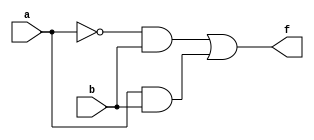
// Diseo:      azar
// Archivo:     azar.v
// Descripcin: Demostracin de azar
// Autor:       Jorge Juan <jjchico@gmail.com>
// Fecha:       09/11/2009

/*
   Leccin 3-2: Ejemplos combinacionales. Retrasos y azares.

   Un "azar" es un valor transitorio que puede presentar la salida de un
   circuito combinacional antes de que esta tome el valor definitivo. Los
   azares aparecen debido al retrado de propagacin de los componentes
   digitales (puertas lgicas) y al hecho de que un circuito combinacional
   puede presentar varios caminos desde un puerto de entrada a uno de salida,
   cada uno con diferentes retrasos.

   La presencia de azares no significa que el circuito opere de forma
   incorrecta, ya que la salida al final tomar el valor correcto, pero puede
   ser un inconveniente en algunas aplicaciones, por lo que es interesante
   poder detectar su presencia e incluso redisear los circuitos para que
   no aparezcan.

   Para detectar la presencia de azares es necesario conocer la estructura
   interna del circuito y los retrasos de los componentes que lo forman.

   Este archivo contiene el diseo de la funcin:

      f(a,b) = ~a & b | a & b

   La implementacin de esta funcin puede presentar un azar cuando b=1 y
   a cambia de 0 a 1 o de 1 a 0, ya que, si bien el valor final de f es
   uno tanto para a=0 como para a=1, su valor depende de trminos diferentes.
   Si se consideran retrasos, un trmino puede hacerse 0 antes de que el otro
   sea 1, producindose el azar. En este ejemplo se describen dos circuitos
   que implementan dicha funcin, uno de ellos con una descripcin funcional y
   otro mediante una descripcin estructural mediante la conexin de puertas
   lgicas y considerando retrasos de propagacin.

   El archivo azar_tb.v contiene el banco de pruebas para el test de este
   diseo.

   En este ejemplo tambin se introduce la definicin de parmetros
   (parameter) dentro de un mdulo y se trabaja un poco ms con la definicin
   de macros y su uso.
*/

`timescale 1ns / 1ps

//
// Descripcin funcional
//
module hazard_f (
    input wire a,
    input wire b,
    output wire f
    );

    assign f = ~a & b | a & b;

endmodule // hazard_f

//
// Descripcin estructural
//
module hazard_e #(
    // Retraso por defecto para las operaciones lgicas
    /* Dentro de un mdulo se pueden definir "parmetros". Los parmetros
    * son constantes que pueden usarse dentro del mdulo para facilitar el
    * diseo. A diferencia de las macros declaradas con "`define", los
    * parmetros son elementos del mdulo en que se definen y no meras
    * directivas para el compilador. El valor definido para un parmetro
    * con "parameter" es un valor por defecto que puede redefinirse para
    * cada instancia del mdulo. */
    parameter delay = 5
    )(
    input wire a,
    input wire b,
    output wire f
    );

    // Seales intermedias
    wire x, y, z;

    // Descripcin estructural con puertas lgicas. Todas las puertas
    // tienen el mismo retraso, tomado del parmetro "delay".
    /*  Verilog permite indicar el retraso de la puerta usando la construccin
     * "#<delay_spec>" antes del nombre de la instancia. "<delay_spec>" puede
     * tener distintos formatos:
     *         x: un nmero. Indica el retraso en unidades de tiempo.
     *     (x,y): indica retrasos subida (salida cambia a 1) y de bajada
     *            (salida cambia a 0) diferenciados.
     *   (x,y,z): indica retraso de subida, bajada, y cambio a desconexin
     *            (alta impedancia) diferenciados.
     * A su vez, cada nmero, puede convertirse en una terna de valores
     * separados por ":" para indicar valores mnimo, tpico y mximo del
     * retraso respectivamente. Ej: "#(1:2:3,2:4:5)". */
    not #delay inv(x, a);
    and #delay and1(y, a, b);
    and #delay and2(z, x, b);
    or #delay or1(f, y, z);

endmodule // hazard_e

/*
   (La leccin contina en el archivo azar_tb.v)
*/